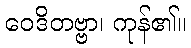
ဝေဒိတဗ္ဗာ၊ ကုန်၏။